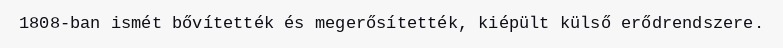
1808-ban ismét bővítették és megerősítették, kiépült külső erődrendszere.